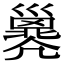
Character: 𢀇